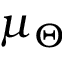
\mu _ { \Theta }